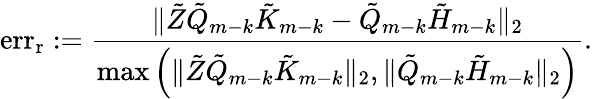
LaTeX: \textrm{err}_{\textrm{r}}:=\frac{\Vert\tilde{Z}\tilde{Q}_{m-k}\tilde{K}_{m-k}-\tilde{Q}_{m-k}\tilde{H}_{m-k}\Vert_{2}}{\operatorname*{max}\left(\Vert\tilde{Z}\tilde{Q}_{m-k}\tilde{K}_{m-k}\Vert_{2},\Vert\tilde{Q}_{m-k}\tilde{H}_{m-k}\Vert_{2}\right)}.